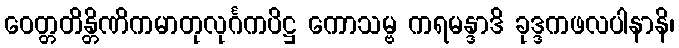
ဝေတ္တတိန္တိဏိကမာတုလုင်္ဂကပိဋ္ဌ ကောသမ္ဗ ကရမန္ဒာဒိ ခုဒ္ဒကဖလပါနာနိ၊